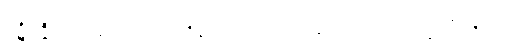
ပဋိပဇ္ဇိ၊ သွား၏။ တာဝ၊ ထိုရွေ့လောက်။ ဣဓေဝ၊ ဤအရပ်၌သာလျှင်။